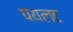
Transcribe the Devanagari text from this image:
पयलट